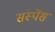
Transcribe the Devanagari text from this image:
संस्पेंस